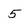
Character: 5